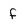
Character: f